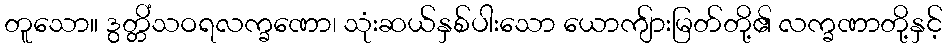
တူသော။ ဒွတ္တိံသဝရလက္ခဏော၊ သုံးဆယ်နှစ်ပါးသော ယောကျ်ားမြတ်တို့၏ လက္ခဏာတို့နှင့်